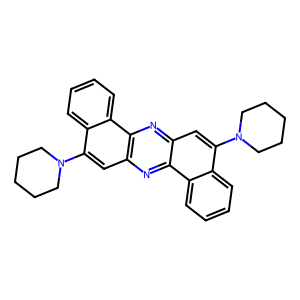
SMILES: c1ccc2c(c1)c(N1CCCCC1)cc1nc3c(cc(N4CCCCC4)c4ccccc43)nc12
Inhibits HIV replication: No